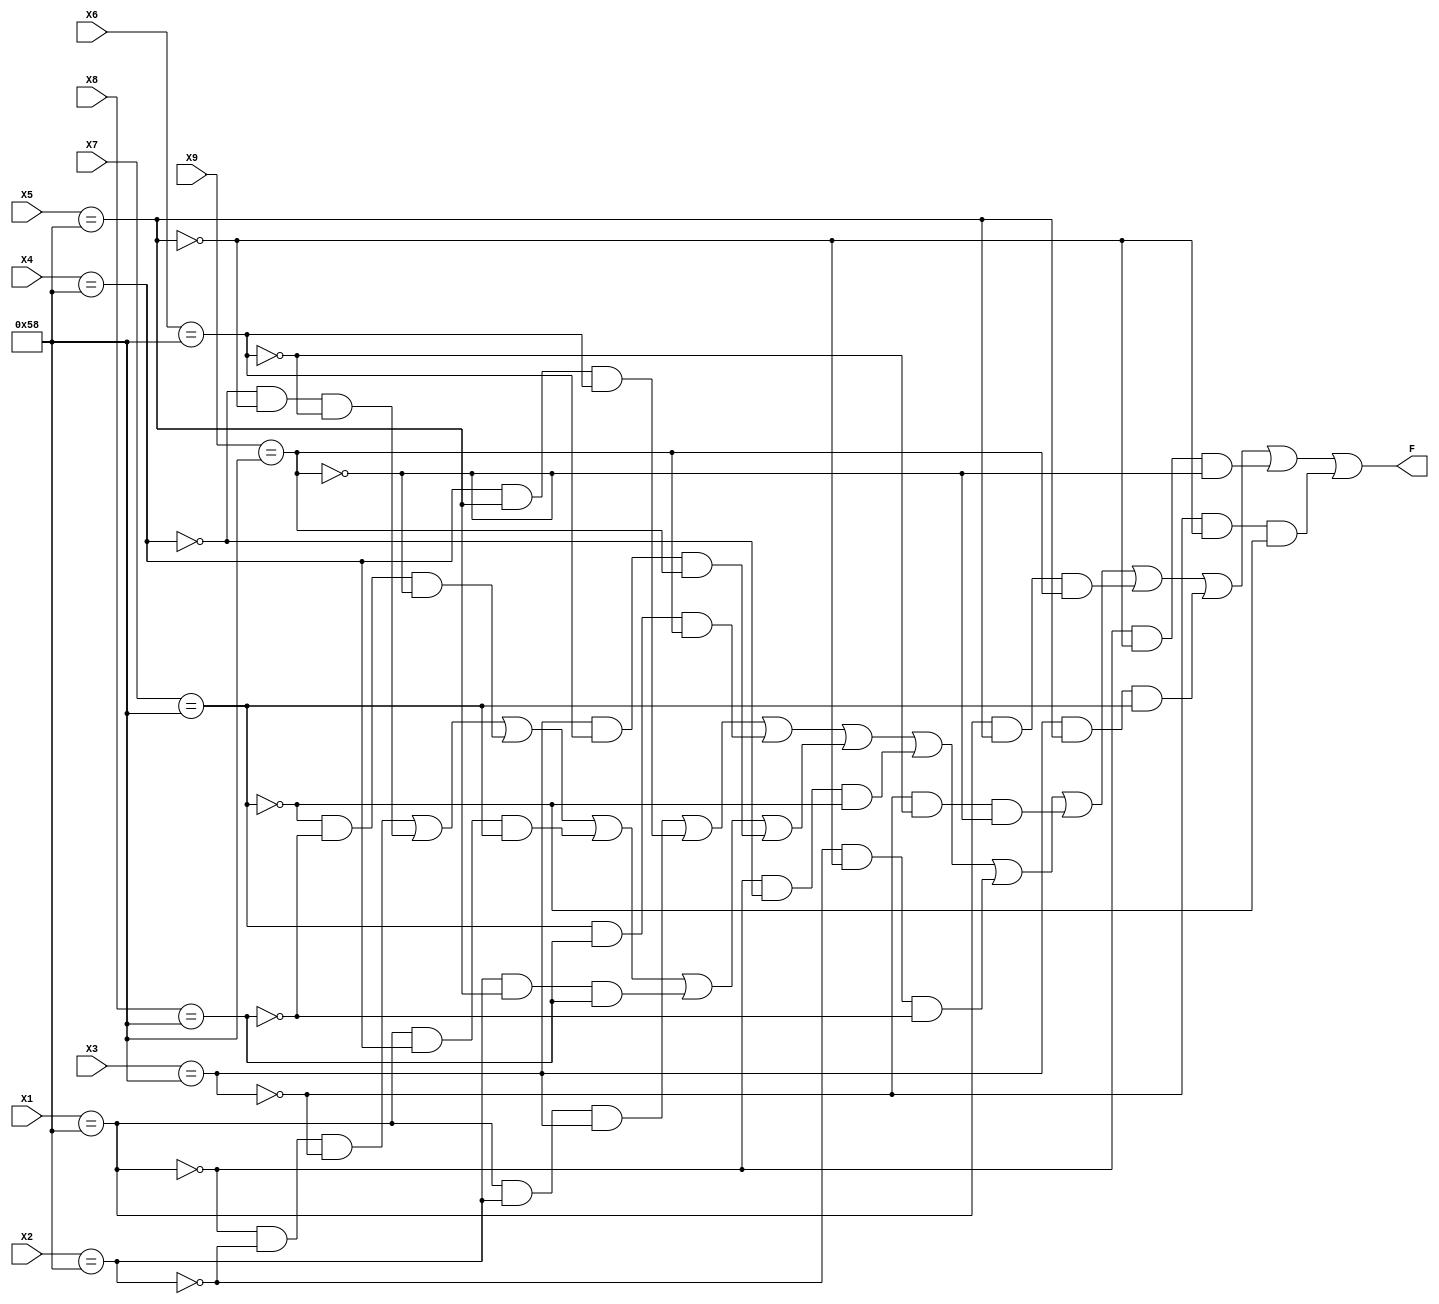
`timescale 1ns / 1ps
//////////////////////////////////////////////////////////////////////////////////
// Company: 
// Engineer: 
// 
// Design Name: 
// Module Name:    tic_tac_toe 
// Project Name: 
// Target Devices: 
// Tool versions: 
// Description: 
//
// Dependencies: 
//
// Revision: 
// Revision 0.01 - File Created
// Additional Comments: 
//
//////////////////////////////////////////////////////////////////////////////////
module tic_tac_toe(X1, X2, X3, X4, X5, X6, X7, X8, X9, F);
	input [0:7] X1;
    input [0:7] X2;
    input [0:7] X3;
    input [0:7] X4;
    input [0:7] X5;
    input [0:7] X6;
    input [0:7] X7;
    input [0:7] X8;
    input [0:7] X9;

	 output reg F;

	wire X_one, X_two, X_three, X_four, X_five, X_six, X_seven, X_eight, X_nine;

	//these wires keep a track of whether the input is X or O
	 assign X_one = (X1=="X");
    assign X_two = (X2=="X");
    assign X_three = (X3=="X");
    assign X_four = (X4=="X");
    assign X_five = (X5=="X");
    assign X_six = (X6=="X");
    assign X_seven = (X7=="X");
    assign X_eight = (X8=="X");
    assign X_nine = (X9=="X");

	always @(X_one, X_two, X_three, X_four, X_five, X_six, X_seven, X_eight, X_nine)
    begin
			//uncomplemented terms are for predicting winning chance for the participant who marks 'X' and complemented terms are for the partcipant who marks 'O' 
        F <= (((X_one && X_two && X_three) || (X_four && X_five && X_six) || (X_seven && X_eight && X_nine) || ((~X_one && ~X_two && ~X_three) || (~X_four && ~X_five && ~X_six) || (~X_seven && ~X_eight && ~X_nine) || (X_one && X_four && X_seven) || (X_two && X_five && X_eight) || (X_three && X_six && X_nine)) || (~X_one && ~X_four && ~X_seven) || (~X_two && ~X_five && ~X_eight) || (~X_three && ~X_six && ~X_nine)) || (X_one && X_five && X_nine) || (X_three && X_five && X_seven) ||(~X_one && ~X_five && ~X_nine) || (~X_three && ~X_five && ~X_seven));
		  
    end
endmodule